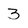
Character: 3